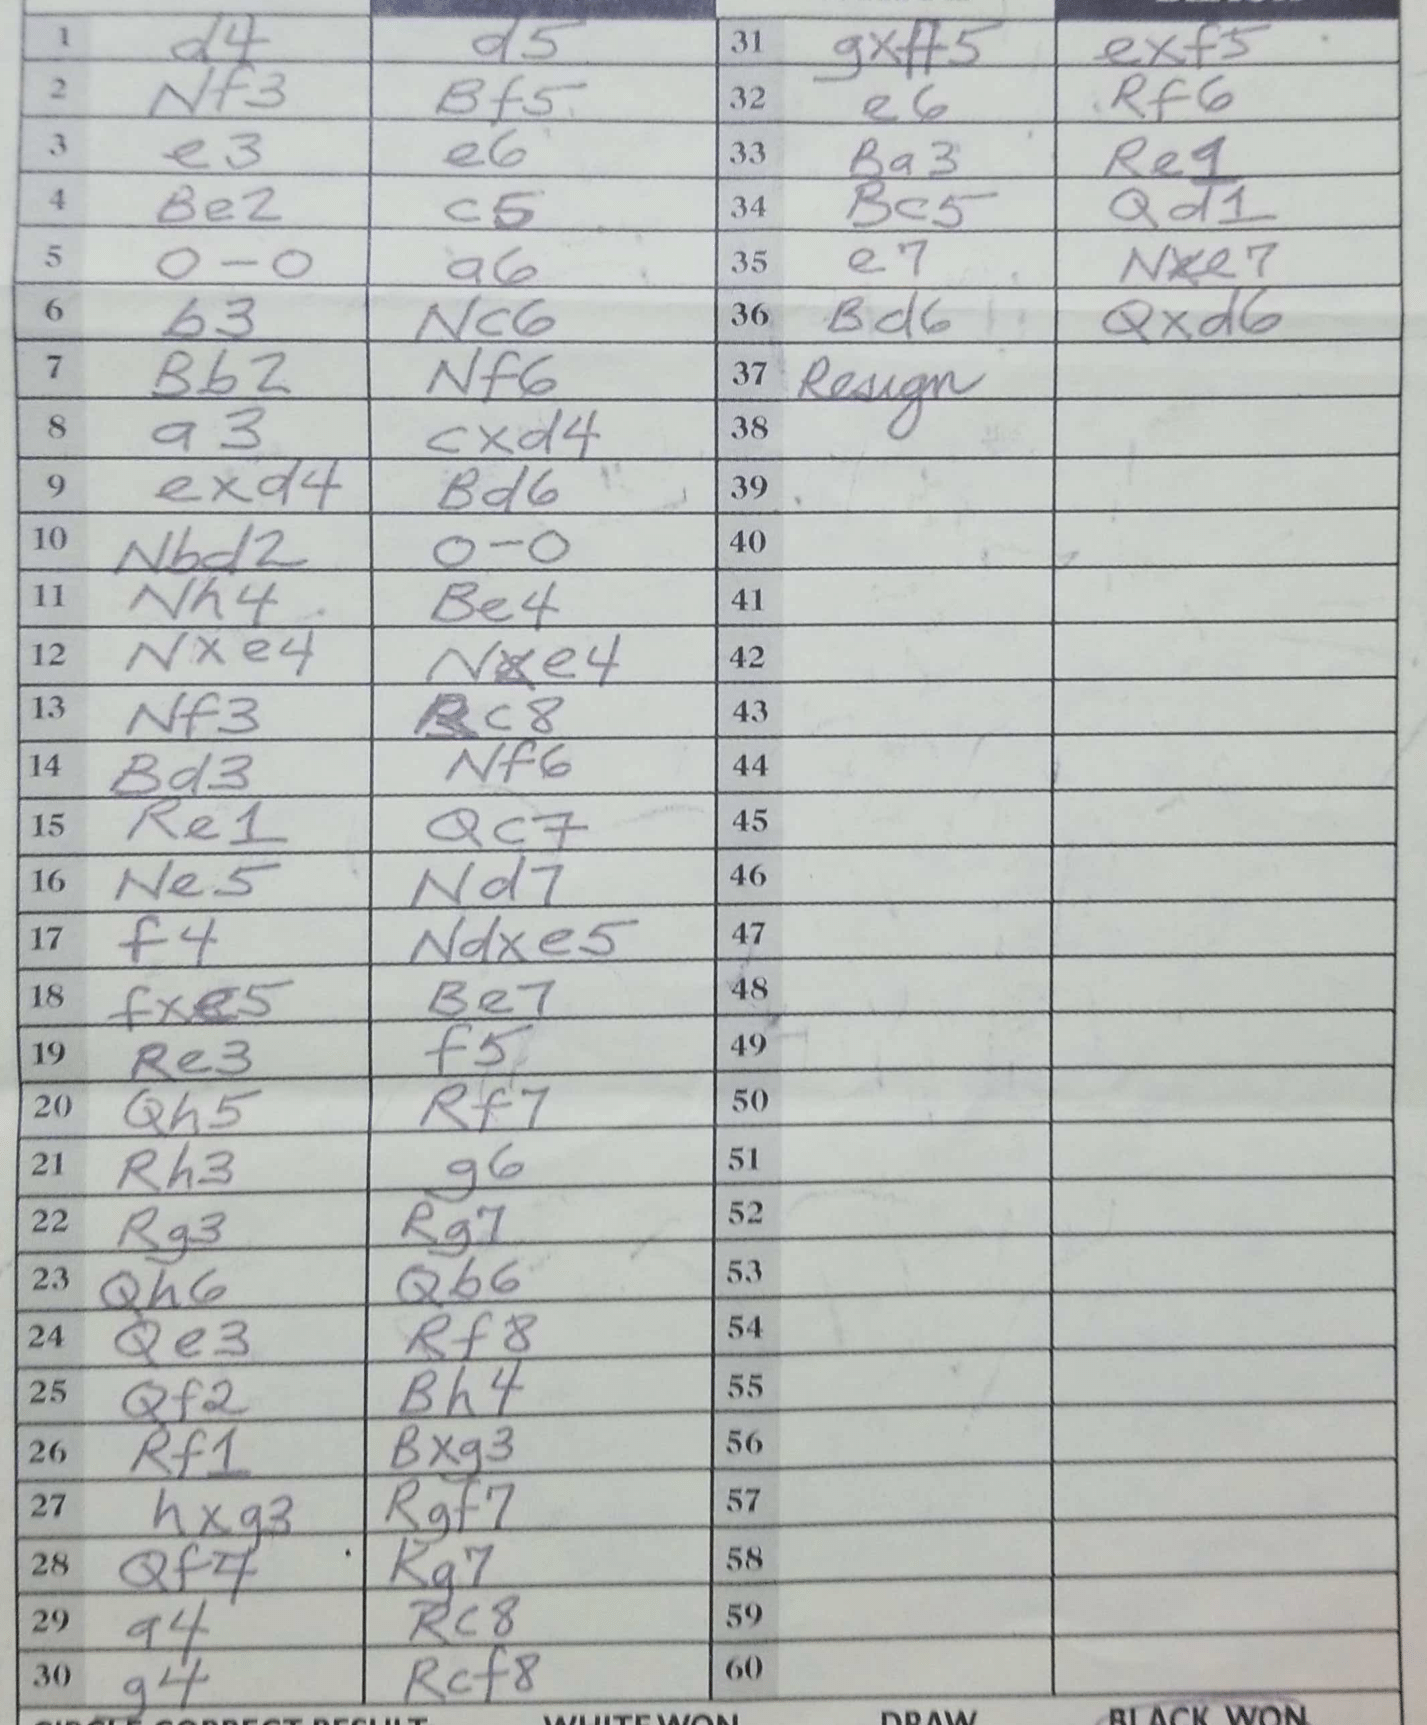
Moves: d4 d5 Nf3 Bf5 e3 e6 Be2 c5 O-O a6 b3 Nc6 Bb2 Nf6 a3 cxd4 exd4 Bd6 Nbd2 O-O Nh4 Be4 Nxe4 Nxe4 Nf3 Rc8 Bd3 Nf6 Re1 Qc7 Ne5 Nd7 f4 Ndxe5 fxe5 Be7 Re3 f5 Qh5 Rf7 Rh3 g6 Rg3 Rg7 Qh6 Qb6 Qe3 Rf8 Qf2 Bh4 Rf1 Bxg3 hxg3 Rgf7 Qf4 Kg7 a4 Rc8 g4 Rcf8 gxh5 exf5 e6 Rf6 Ba3 Re1 Bc5 Qd1 e7 Nxe7 Bd6 Qxd6